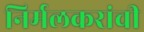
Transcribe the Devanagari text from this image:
निर्मलकरांची